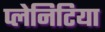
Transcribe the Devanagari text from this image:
प्लेनिटिया